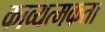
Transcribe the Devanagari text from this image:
काव्यत्मकता